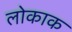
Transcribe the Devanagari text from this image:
लोकाक